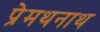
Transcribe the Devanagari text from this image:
प्रेमथनाथ